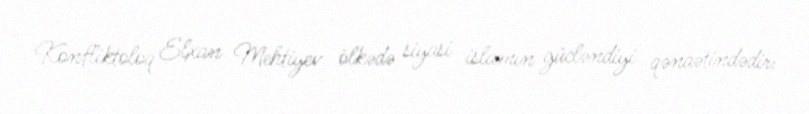
Konfliktoloq Elxan Mehtiyev ölkədə siyasi islamın gücləndiyi qənaətindədir: